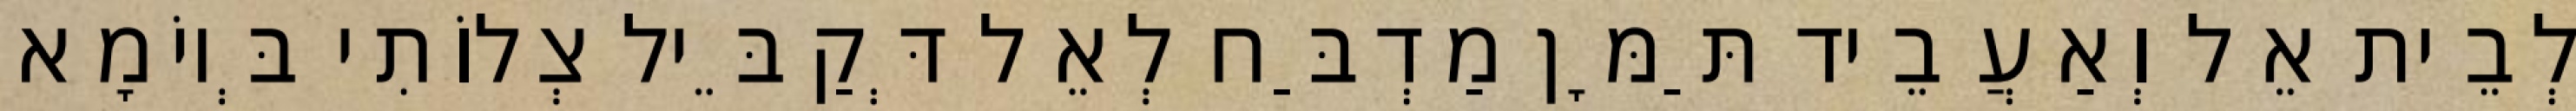
לְבֵית אֵל וְאַעֲבֵיד תַּמָּן מַדְבַּח לְאֵל דְּקַבֵּיל צְלוֹתִי בְּיוֹמָא